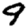
Digit: 9